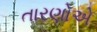
તારણોએ